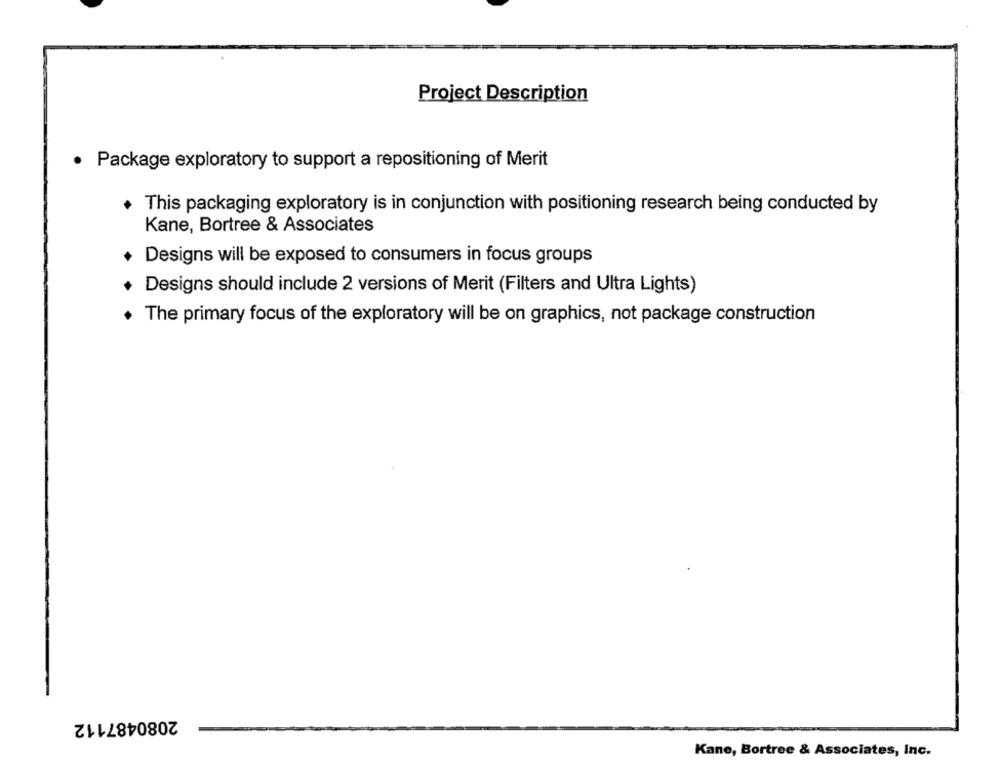
Project Description
· Package exploratory to support a repositioning of Merit
This packaging exploratory is in conjunction with positioning research being conducted by
Kane, Bortree & Associates
Designs will be exposed to consumers in focus groups
Designs should include 2 versions of Merit (Filters and Ultra Lights)
. The primary focus of the exploratory will be on graphics, not package construction
2080487112
Kane, Bortree & Associates, Inc.